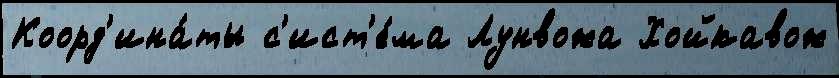
Коорд'ина́ты с'ист'е́ма Лунвожа Хойкавож